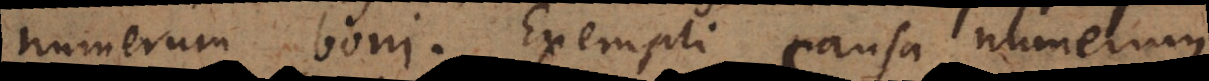
numerum boni. Exempli causa numerum